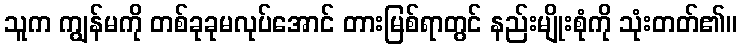
သူက ကျွန်မကို တစ်ခုခုမလုပ်အောင် တားမြစ်ရာတွင် နည်းမျိုးစုံကို သုံးတတ်၏။